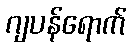
ဂျပန်ရောက်